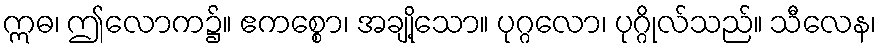
ဣဓ၊ ဤလောက၌။ ဧကစ္စော၊ အချို့သော။ ပုဂ္ဂလော၊ ပုဂ္ဂိုလ်သည်။ သီလေန၊